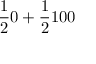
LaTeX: { \frac { 1 } { 2 } } 0 + { \frac { 1 } { 2 } } 1 0 0